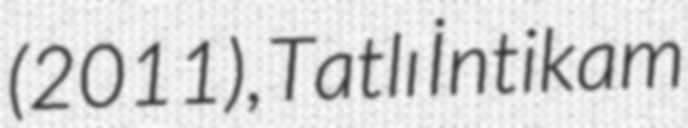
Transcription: (2011), Tatlı İntikam